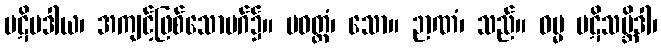
ပဋိပဒါယ၊ အကျင့်ဖြစ်သောမဂ်၌။ ပဝတ္တံ၊ သော။ ဉာဏံ၊ သည်။ ဓမ္မ ပဋိသမ္ဘိဒါ၊